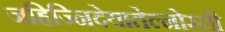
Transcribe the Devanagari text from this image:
जहिज्निदेयातेल्नोस्ती